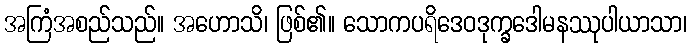
အကြံအစည်သည်။ အဟောသိ၊ ဖြစ်၏။ သောကပရိဒေဝဒုက္ခဒေါမနဿုပါယာသာ၊